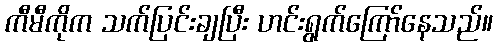
ကီမီကိုက သက်ပြင်းချပြီး ဟင်းရွက်ကြော်နေသည်။